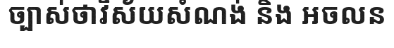
ច្បាស់ថាវិស័យសំណង់ និង អចលន